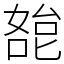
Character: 㗠